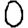
Digit: 0